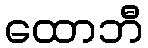
ထောဘီ